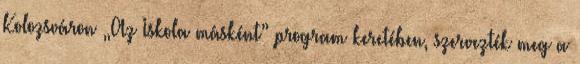
Kolozsváron „Az Iskola másként” program keretében, szervezték meg a